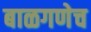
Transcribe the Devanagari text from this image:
बाळगणेच